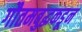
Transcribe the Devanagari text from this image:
गौतमबुद्धकडून